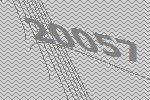
20057